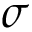
\sigma